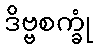
ဒိဗ္ဗစက္ခုံ